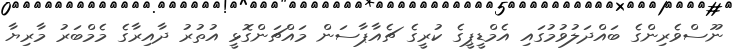
ނޫސްވެރިންގެ ބައްދަލުވުމުގައި އެމްޑީޕީގެ ކުރީގެ ޗެއާޕާސަން މައްޗަންގޮޅީ އުތުރު ދާއިރާގެ މެމްބަރު މާރިޔާ